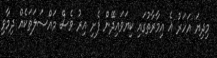
މިދިޔަ އަހަރު އެ އިމާރާތުގައި ކިޔަވައިދޭން ފެށި އިރު ވެސް މައްސަލަތަކެއް ދިމާވި